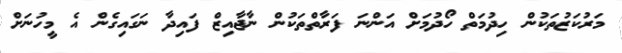
މަރުކަޒުތަކުން ހިދުމަތް ހޯދުމަށް އަންނަ ފަރާތްތަކުން ނާޖާއިޒް ފައިދާ ނަގައިގެން އެ މީހުނަށް